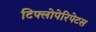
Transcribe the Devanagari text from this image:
टिफ्लोपेरिपेटस